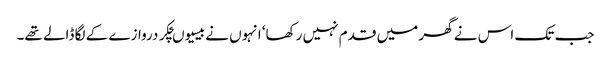
جب تک اس نے گھر میں قدم نہیں رکھا‘ انہوں نے بیسیوںچکر دروازے کے لگا ڈالے تھے۔